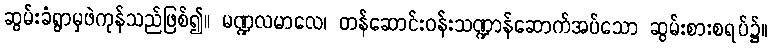
ဆွမ်းခံရွာမှဖဲကုန်သည်ဖြစ်၍။ မဏ္ဍလမာလေ၊ တန်ဆောင်းဝန်းသဏ္ဍာန်ဆောက်အပ်သော ဆွမ်းစားစရပ်၌။